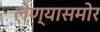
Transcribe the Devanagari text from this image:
लेण्यासमोर